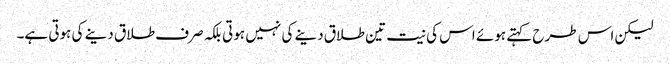
لیکن اس طرح کہتے ہوئے اس کی نیت تین طلاق دینے کی نہیں ہوتی بلکہ صرف طلاق دینے کی ہوتی ہے۔